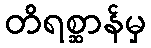
တိရစ္ဆာန်မှ